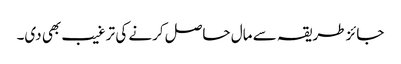
جائز طریقہ سے مال حاصل کرنے کی ترغیب بھی دی۔